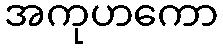
အကုဟကော